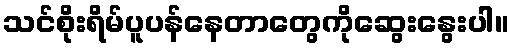
သင်စိုးရိမ်ပူပန်နေတာတွေကိုဆွေးနွေးပါ။